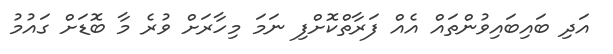
އަދި ބައިބައިވުންތައް އެއް ފަރާތްކޮށްފި ނަމަ މިހާރަށް ވުރެ މާ ބޮޑަށް ގައުމު